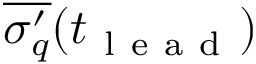
\overline { { \sigma _ { q } ^ { \prime } } } ( t _ { \mathrm { ~ l ~ e ~ a ~ d ~ } } )